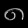
Digit: ၈